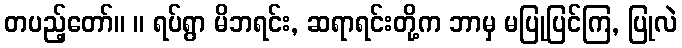
တပည့်တော်။ ။ ရပ်ရွာ မိဘရင်း, ဆရာရင်းတို့က ဘာမှ မပြုပြင်ကြ, ပြုလဲ